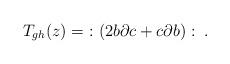
LaTeX: \begin{align*}\begin{aligned}T_{gh}(z)&=\ :(2b\partial c +c\partial b):\;.\end{aligned}\end{align*}